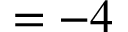
= - 4